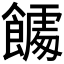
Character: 𮩎